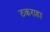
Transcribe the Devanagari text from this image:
ठकराहा